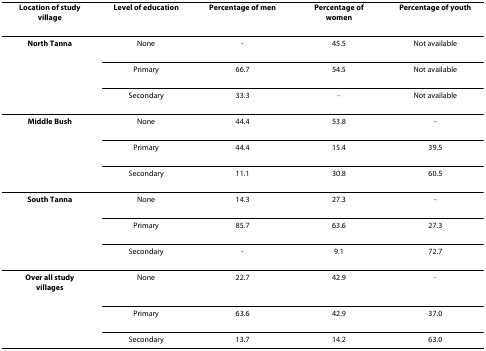
| Location of study village | Level of education | Percentage of men | Percentage of women | Percentage of youth |
 | --- | --- | --- | --- | --- |
 | North Tanna | None | - | 45.5 | Not available |
 |  | Primary | 66.7 | 54.5 | Not available |
 |  | Secondary | 33.3 | - | Not available |
 | Middle Bush | None | 44.4 | 53.8 | - |
 |  | Primary | 44.4 | 15.4 | 39.5 |
 |  | Secondary | 11.1 | 30.8 | 60.5 |
 | South Tanna | None | 14.3 | 27.3 | - |
 |  | Primary | 85.7 | 63.6 | 27.3 |
 |  | Secondary | - | 9.1 | 72.7 |
 | Over all study villages | None | 22.7 | 42.9 | - |
 |  | Primary | 63.6 | 42.9 | 37.0 |
 |  | Secondary | 13.7 | 14.2 | 63.0 |